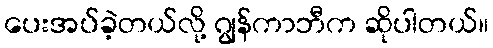
ပေးအပ်ခဲ့တယ်လို့ ဂျွန်ကာဘီက ဆိုပါတယ်။